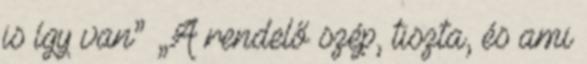
is így van” „A rendelő szép, tiszta, és ami